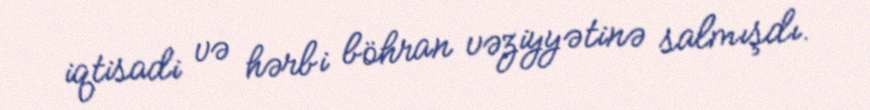
iqtisadi və hərbi böhran vəziyyətinə salmışdı.